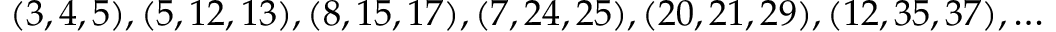
( 3 , 4 , 5 ) , ( 5 , 1 2 , 1 3 ) , ( 8 , 1 5 , 1 7 ) , ( 7 , 2 4 , 2 5 ) , ( 2 0 , 2 1 , 2 9 ) , ( 1 2 , 3 5 , 3 7 ) , \dots